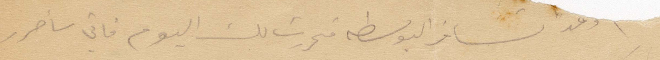
وهذا تسافر البوسطة فحررت لك اليوم فاني سأحرر